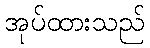
အုပ်ထားသည်